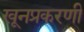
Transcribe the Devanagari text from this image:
खूनप्रकरणी